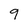
Character: 9